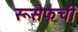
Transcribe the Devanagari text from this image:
रूसेफची